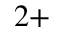
^ { 2 + }